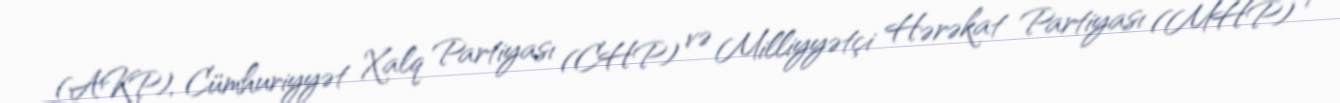
(AKP), Cümhuriyyət Xalq Partiyası (CHP) və Milliyyətçi Hərəkat Partiyası (MHP) 7